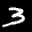
Label: 3